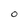
Character: O